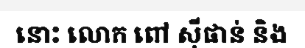
នោះ លោក ពៅ ស៊ីផាន់ និង